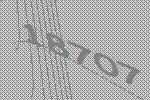
18707